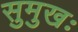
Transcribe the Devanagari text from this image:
सुमुखः